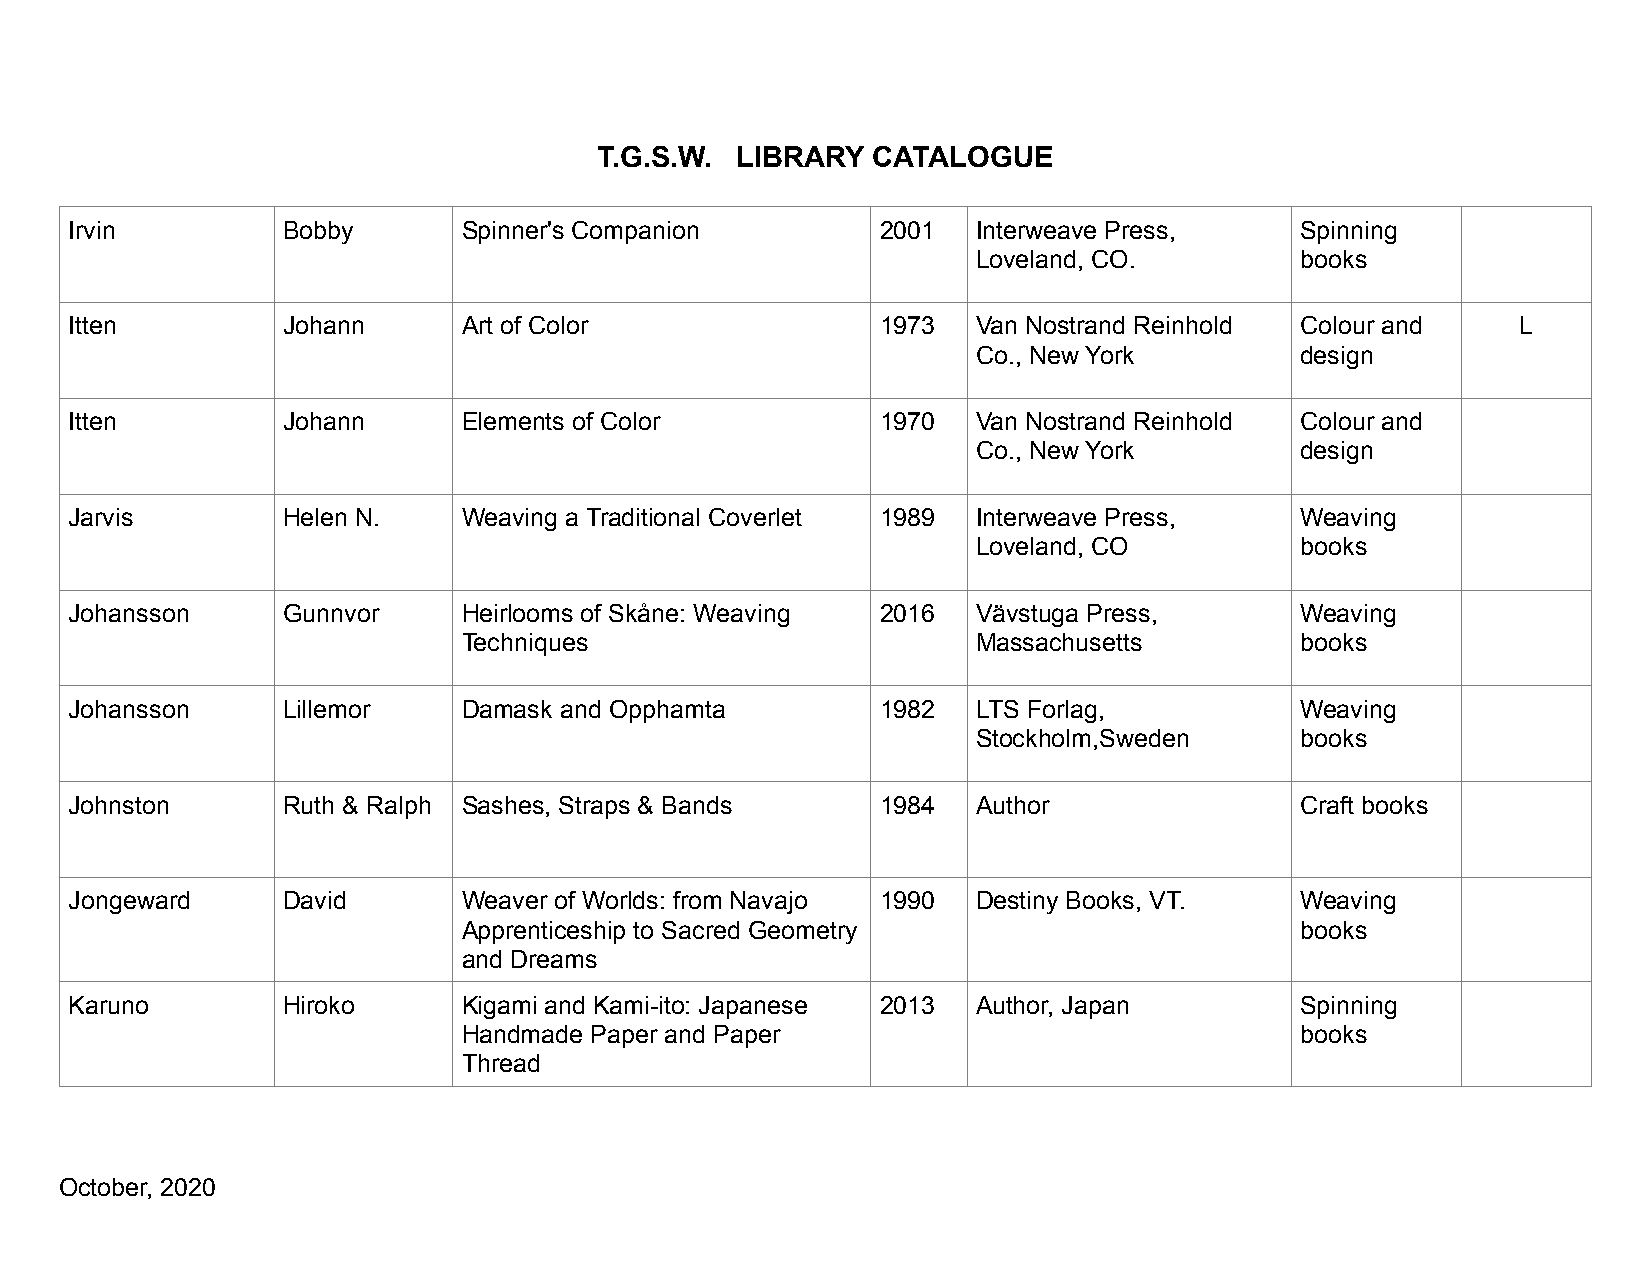
T.G.S.W. LIBRARY  CATALOGUE
 Irvin         Bobby       Spinner's Companion        2001   Interweave Press,    Spinning
 Loveland, CO.        books
 Itten         Johann      Art of Color               1973   Van Nostrand Reinhold Colour and    L
 Co., New York        design
 Itten         Johann      Elements of Color          1970   Van Nostrand Reinhold Colour and
 Co., New York        design
 Jarvis        Helen N.    Weaving a Traditional Coverlet 1989 Interweave Press,  Weaving
 Loveland, CO         books
 Johansson     Gunnvor     Heirlooms of Skåne: Weaving 2016  Vävstuga Press,      Weaving
 Techniques                        Massachusetts        books
 Johansson     Lillemor    Damask and Opphamta        1982   LTS Forlag,          Weaving
 Stockholm,Sweden     books
 Johnston      Ruth & Ralph Sashes, Straps & Bands    1984   Author               Craft books
 Jongeward     David       Weaver of Worlds: from Navajo 1990 Destiny Books, VT.  Weaving
 Apprenticeship to Sacred Geometry                      books
 and Dreams
 Karuno        Hiroko      Kigami and Kami-ito: Japanese 2013 Author, Japan       Spinning
 Handmade Paper and Paper                               books
 Thread
 October, 2020